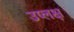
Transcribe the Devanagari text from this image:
उप्लक्ष